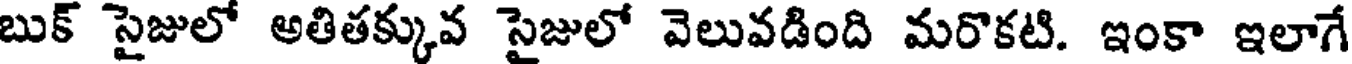
బుక్ సైజులో అతితక్కువ సైజులో వెలువడింది మరొకటి. ఇంకా ఇలాగే